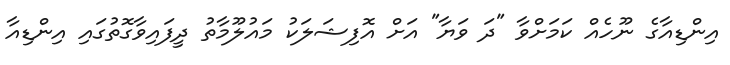
އިންޑިއާގެ ނޫހެއް ކަމަށްވާ "ދަ ވަޔާ" އަށް އޮފިޝަލަކު މައުލޫމާތު ދީފައިވާގޮތުގައި އިންޑިއާ